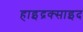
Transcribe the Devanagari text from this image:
हाइद्रक्साइद